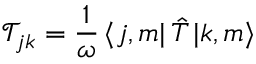
\mathcal { T } _ { j k } = \frac { 1 } { \omega } \, \langle j , m | \, { \hat { T } } \, { | k , m \rangle }